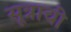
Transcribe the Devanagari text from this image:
सूत्राची